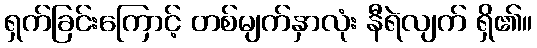
ရှက်ခြင်းကြောင့် တစ်မျက်နှာလုံး နီရဲလျက် ရှိ၏။